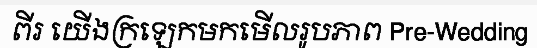
ពីរ យើងក្រឡេកមកមើលរូបភាព Pre-Wedding